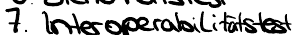
7. Interoperatbilitätstest